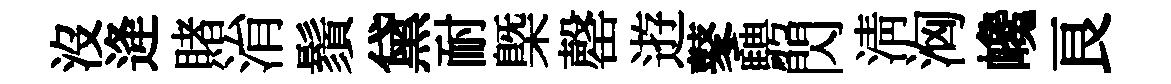
沒逄賭㳙鬚黛耐槩罄逰鼕騁閃淸洶巉良